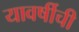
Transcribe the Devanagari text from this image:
यावर्षीची